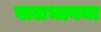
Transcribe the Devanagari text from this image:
बालभावना